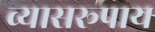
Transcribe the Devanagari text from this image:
व्यासरूपाय